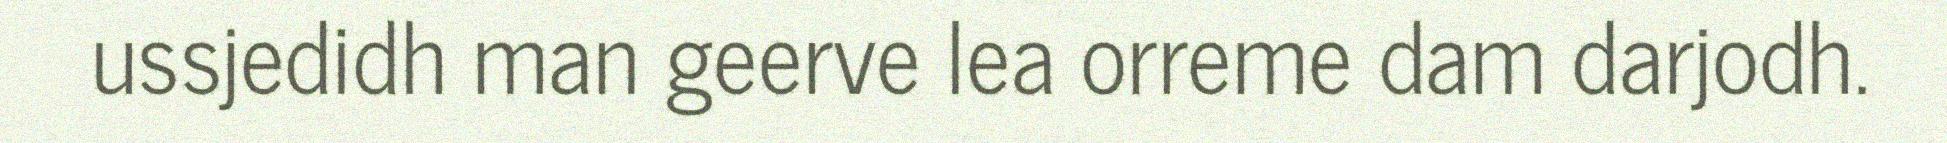
ussjedidh man geerve lea orreme dam darjodh.